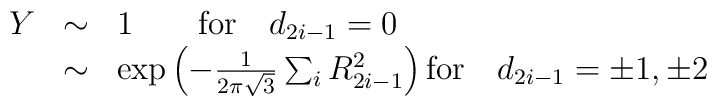
\begin{array}{rcl}   Y & \sim & 1 \qquad {\rm for } \quad d_{2i-1}=0  \nonumber \\   & \sim & \exp\left( -\frac{1}{2\pi \sqrt{3}} \sum_i R^2_{2i-1} \right) {\rm for} \quad d_{2i-1}=\pm1,\pm2 \end{array}